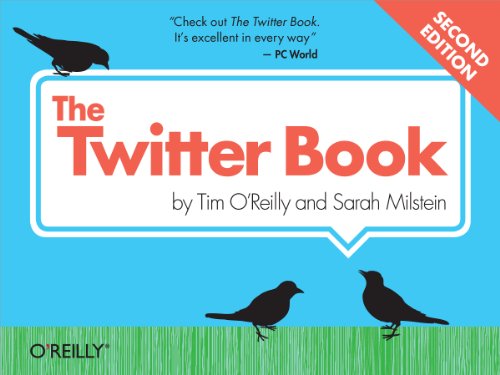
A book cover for The Twitter Book; Tim O'Reilly; Computers & Technology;